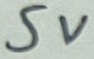
Text: 5V